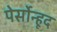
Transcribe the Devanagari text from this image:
पेर्सोन्हूद